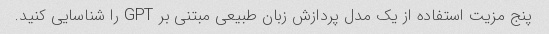
پنج مزیت استفاده از یک مدل پردازش زبان طبیعی مبتنی بر GPT را شناسایی کنید.